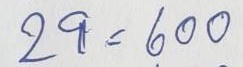
29 = 600